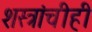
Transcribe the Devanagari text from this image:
शस्त्रांचीही